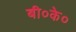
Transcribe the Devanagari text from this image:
बी०के०